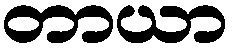
တာယာ